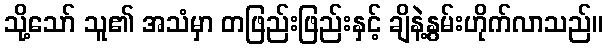
သို့သော် သူ၏ အသံမှာ တဖြည်းဖြည်းနှင့် ချိနဲ့နွမ်းဟိုက်လာသည်။